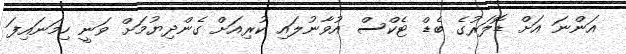
އަންނަ އަށް ޑޮލަރުގެ ބެޑް ޓެކްސް އުވާނުލައި ކުރިއަށް ގެންދިޔުމަށް ވަނީ ހިމަނައިފަ